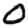
Digit: 0